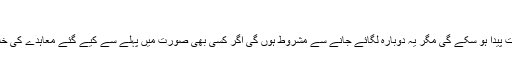
‘
’اس کے بدلے میں ہم کچھ پابندیاں ہٹا دیں گے جس سے بہتری کی صورت پیدا ہو سکے گی مگر یہ دوبارہ لگائے جانے سے مشروط ہوں گی اگر کسی بھی صورت میں پہلے سے کیے گئے معاہدے کی خلاف ورزی کی جاتی ہے تو ہمیں اس سے ہمیں بہت سا وقت مل جائے گا۔